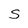
Character: S